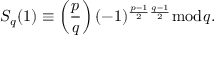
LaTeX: S _ { q } ( 1 ) \equiv \left( { \frac { p } { q } } \right) ( - 1 ) ^ { { \frac { p - 1 } { 2 } } { \frac { q - 1 } { 2 } } } { \bmod { q } } .